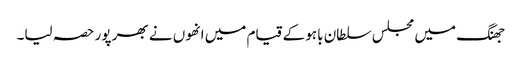
جھنگ میں مجلس سلطان باہو کے قیام میں انھوں نے بھر پور حصہ لیا۔